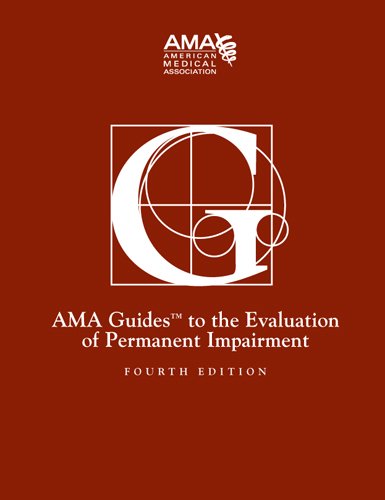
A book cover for Guides to the Evaluation of Permanent Impairment, 4th Edition; American Medical Association; Medical Books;